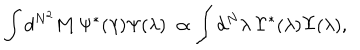
LaTeX: \int d ^ { N ^ { 2 } } { \bf M } \, { \Psi } ^ { * } ( \lambda ) { \Psi } ( \lambda ) \ \propto \int d ^ { N } \lambda \, { \Upsilon } ^ { * } ( \lambda ) { \Upsilon } ( \lambda ) ,